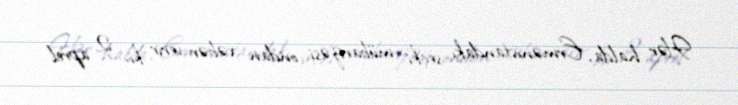
Hər halda, Ermənistandakı seçki mübarizəsi ondan xəbər verir ki, 2 aprel